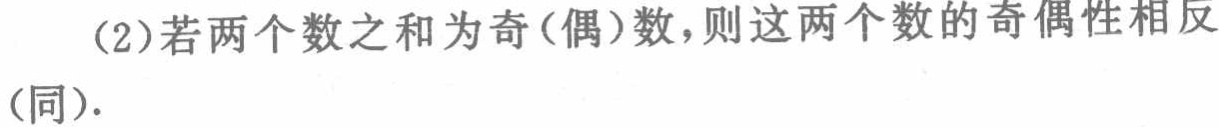
(2)若两个数之和为奇(偶)数，则这两个数的奇偶性相反(同).